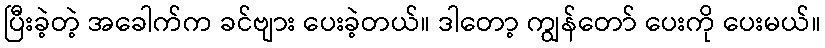
ပြီးခဲ့တဲ့ အခေါက်က ခင်ဗျား ပေးခဲ့တယ်။ ဒါတော့ ကျွန်တော် ပေးကို ပေးမယ်။